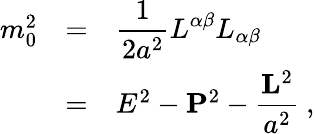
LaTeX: \begin{array}{rcl}{{m_{0}^{2}}}&{{=}}&{{\displaystyle\frac{1}{2a^{2}}L^{\alpha\beta}L_{\alpha\beta}}}\\ {{}}&{{=}}&{{E^{2}-{\mathbf P}^{2}-\displaystyle\frac{{\mathbf L}^{2}}{a^{2}}~,}}\end{array}